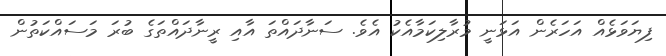
ފިޔަވަޅެއް އަހަރެން އަޅަނީ މުރާލިކަމާއެކު އެވެ. ސަނާދައްތަ އާއި ރީނާދައްތަގެ ބުރަ މަސައްކަތުން